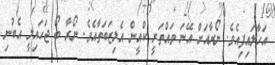
އަހާލައިފިއެވެ. ނޯރާއަށް އޭނަ ވައްތަރީ ކްއީން އެލިޒަބަތާއެވެ. ނޯރާ ބޯ ޖަހައިލީ އެބުނި